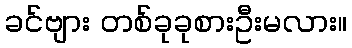
ခင်ဗျား တစ်ခုခုစားဦးမလား။